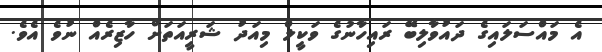
އެ މައްސަލައިގެ ދައުވާލިބޭ ރައިހާނުގެ ވަކީލް މިއަދު ޝަރީއަތަށް ހާޒިރެއް ނުވެ އެވެ.